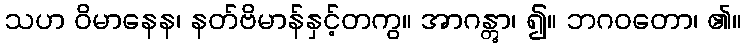
သဟ ဝိမာနေန၊ နတ်ဗိမာန်နှင့်တကွ။ အာဂန္တွာ၊ ၍။ ဘဂဝတော၊ ၏။